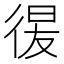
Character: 𢔕